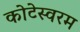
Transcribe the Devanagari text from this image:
कोटेस्वरम